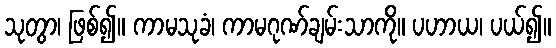
သုတွာ၊ ဖြစ်၍။ ကာမသုခံ၊ ကာမဂုဏ်ချမ်းသာကို။ ပဟာယ၊ ပယ်၍။